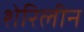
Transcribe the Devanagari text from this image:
शेरिलीन